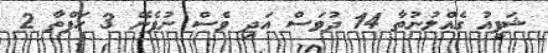
ޝަފީއު ގެއްލުނުތާ 14 ދުވަސް އަދި ވެސް ނުފެނޭ 3 ހަފްތާ 2